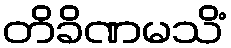
တိခိဏမသိံ